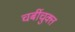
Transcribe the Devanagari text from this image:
चर्बीचुक्त